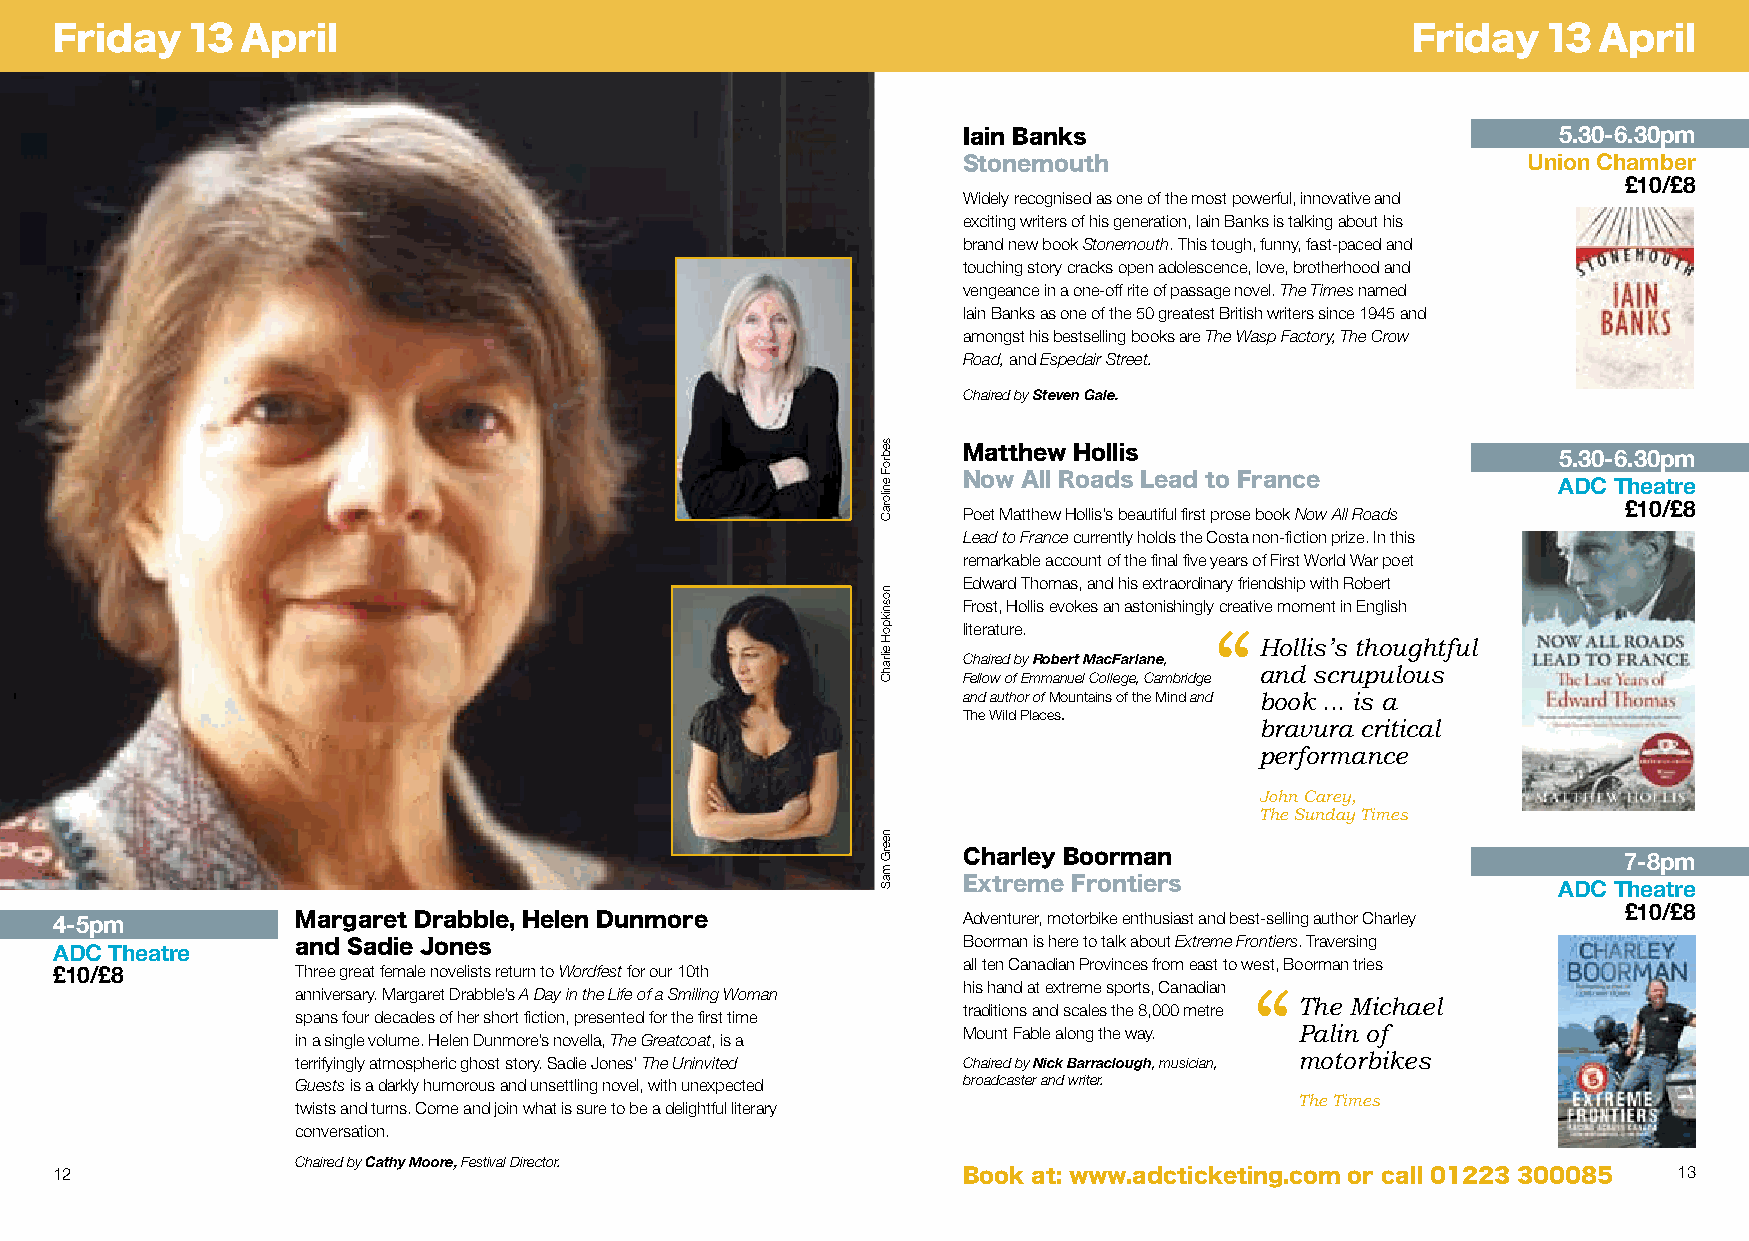
Friday  13  April                                                                        Friday   13  April
 5.30-6.30pm
 Iain Banks
 Union Chamber
 Stonemouth
 £10/£8
 Widely recognised as one of the most powerful, innovative and
 exciting writers of his generation, Iain Banks is talking about his
 brand new book Stonemouth. This tough, funny, fast-paced and
 touching story cracks open adolescence, love, brotherhood and
 vengeance in a one-off rite of passage novel. The Times named
 Iain Banks as one of the 50 greatest British writers since 1945 and
 amongst his bestselling books are The Wasp Factory, The Crow
 Road, and Espedair Street.
 Chaired by Steven Gale.
 Matthew Hollis                         5.30-6.30pm
 Now All Roads Lead to France           aDC theatre
 £10/£8
 Poet Matthew Hollis’s beautiful first prose book Now All Roads
 Lead to France currently holds the Costa non-fiction prize. In this
 remarkable account of the final five years of First World War poet
 Edward Thomas, and his extraordinary friendship with Robert
 Frost, Hollis evokes an astonishingly creative moment in English
 literature.     “
 Hollis’s thoughtful
 Chaired by Robert MacFarlane,
 and scrupulous
 Fellow of Emmanuel College, Cambridge
 and author of Mountains of the Mind and book ... is a
 The Wild Places.
 bravura critical
 performance
 John Carey,
 The Sunday Times
 Charley Boorman                            7-8pm
 Extreme Frontiers                      aDC theatre
 £10/£8
 4-5pm           Margaret Drabble, Helen Dunmore             Adventurer, motorbike enthusiast and best-selling author Charley
 Boorman is here to talk about Extreme Frontiers. Traversing
 aDC theatre     and Sadie Jones
 all ten Canadian Provinces from east to west, Boorman tries
 £10/£8          Three great female novelists return to Wordfest for our 10th
 anniversary. Margaret Drabble’s A Day in the Life of a Smiling Woman his hand at extreme sports, Canadian “
 The Michael
 traditions and scales the 8,000 metre
 spans four decades of her short fiction, presented for the first time
 Mount Fable along the way. Palin of
 in a single volume. Helen Dunmore’s novella, The Greatcoat, is a
 terrifyingly atmospheric ghost story. Sadie Jones’ The Uninvited Chaired by Nick Barraclough, musician, motorbikes
 Guests is a darkly humorous and unsettling novel, with unexpected broadcaster and writer.
 The Times
 twists and turns. Come and join what is sure to be a delightful literary
 conversation.
 Chaired by Cathy Moore, Festival Director.
 12                                                                                                         13
 Book at: www.adcticketing.com or call 01223 300085
 sebroF
 eniloraC
 nosnikpoH
 eilrahC
 neerG
 maS